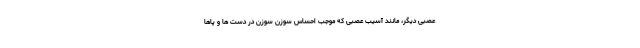
عصبی دیگر، مانند آسیب عصبی که موجب احساس سوزن سوزن در دست ها و پاها